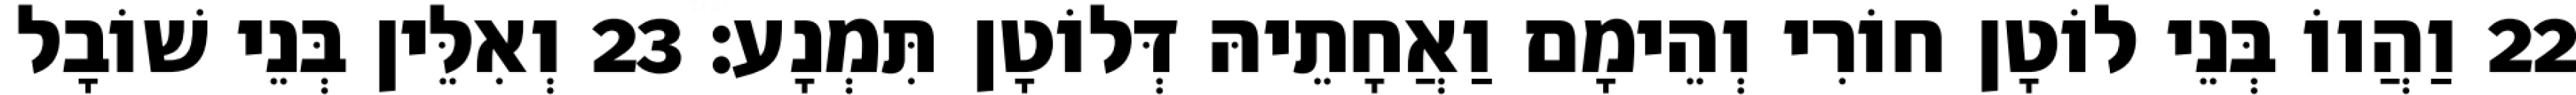
22 וַהֲווֹ בְּנֵי לוֹטָן חוֹרִי וְהֵימָם וַאֲחָתֵיהּ דְּלוֹטָן תִּמְנָע׃ 23 וְאִלֵּין בְּנֵי שׁוֹבָל